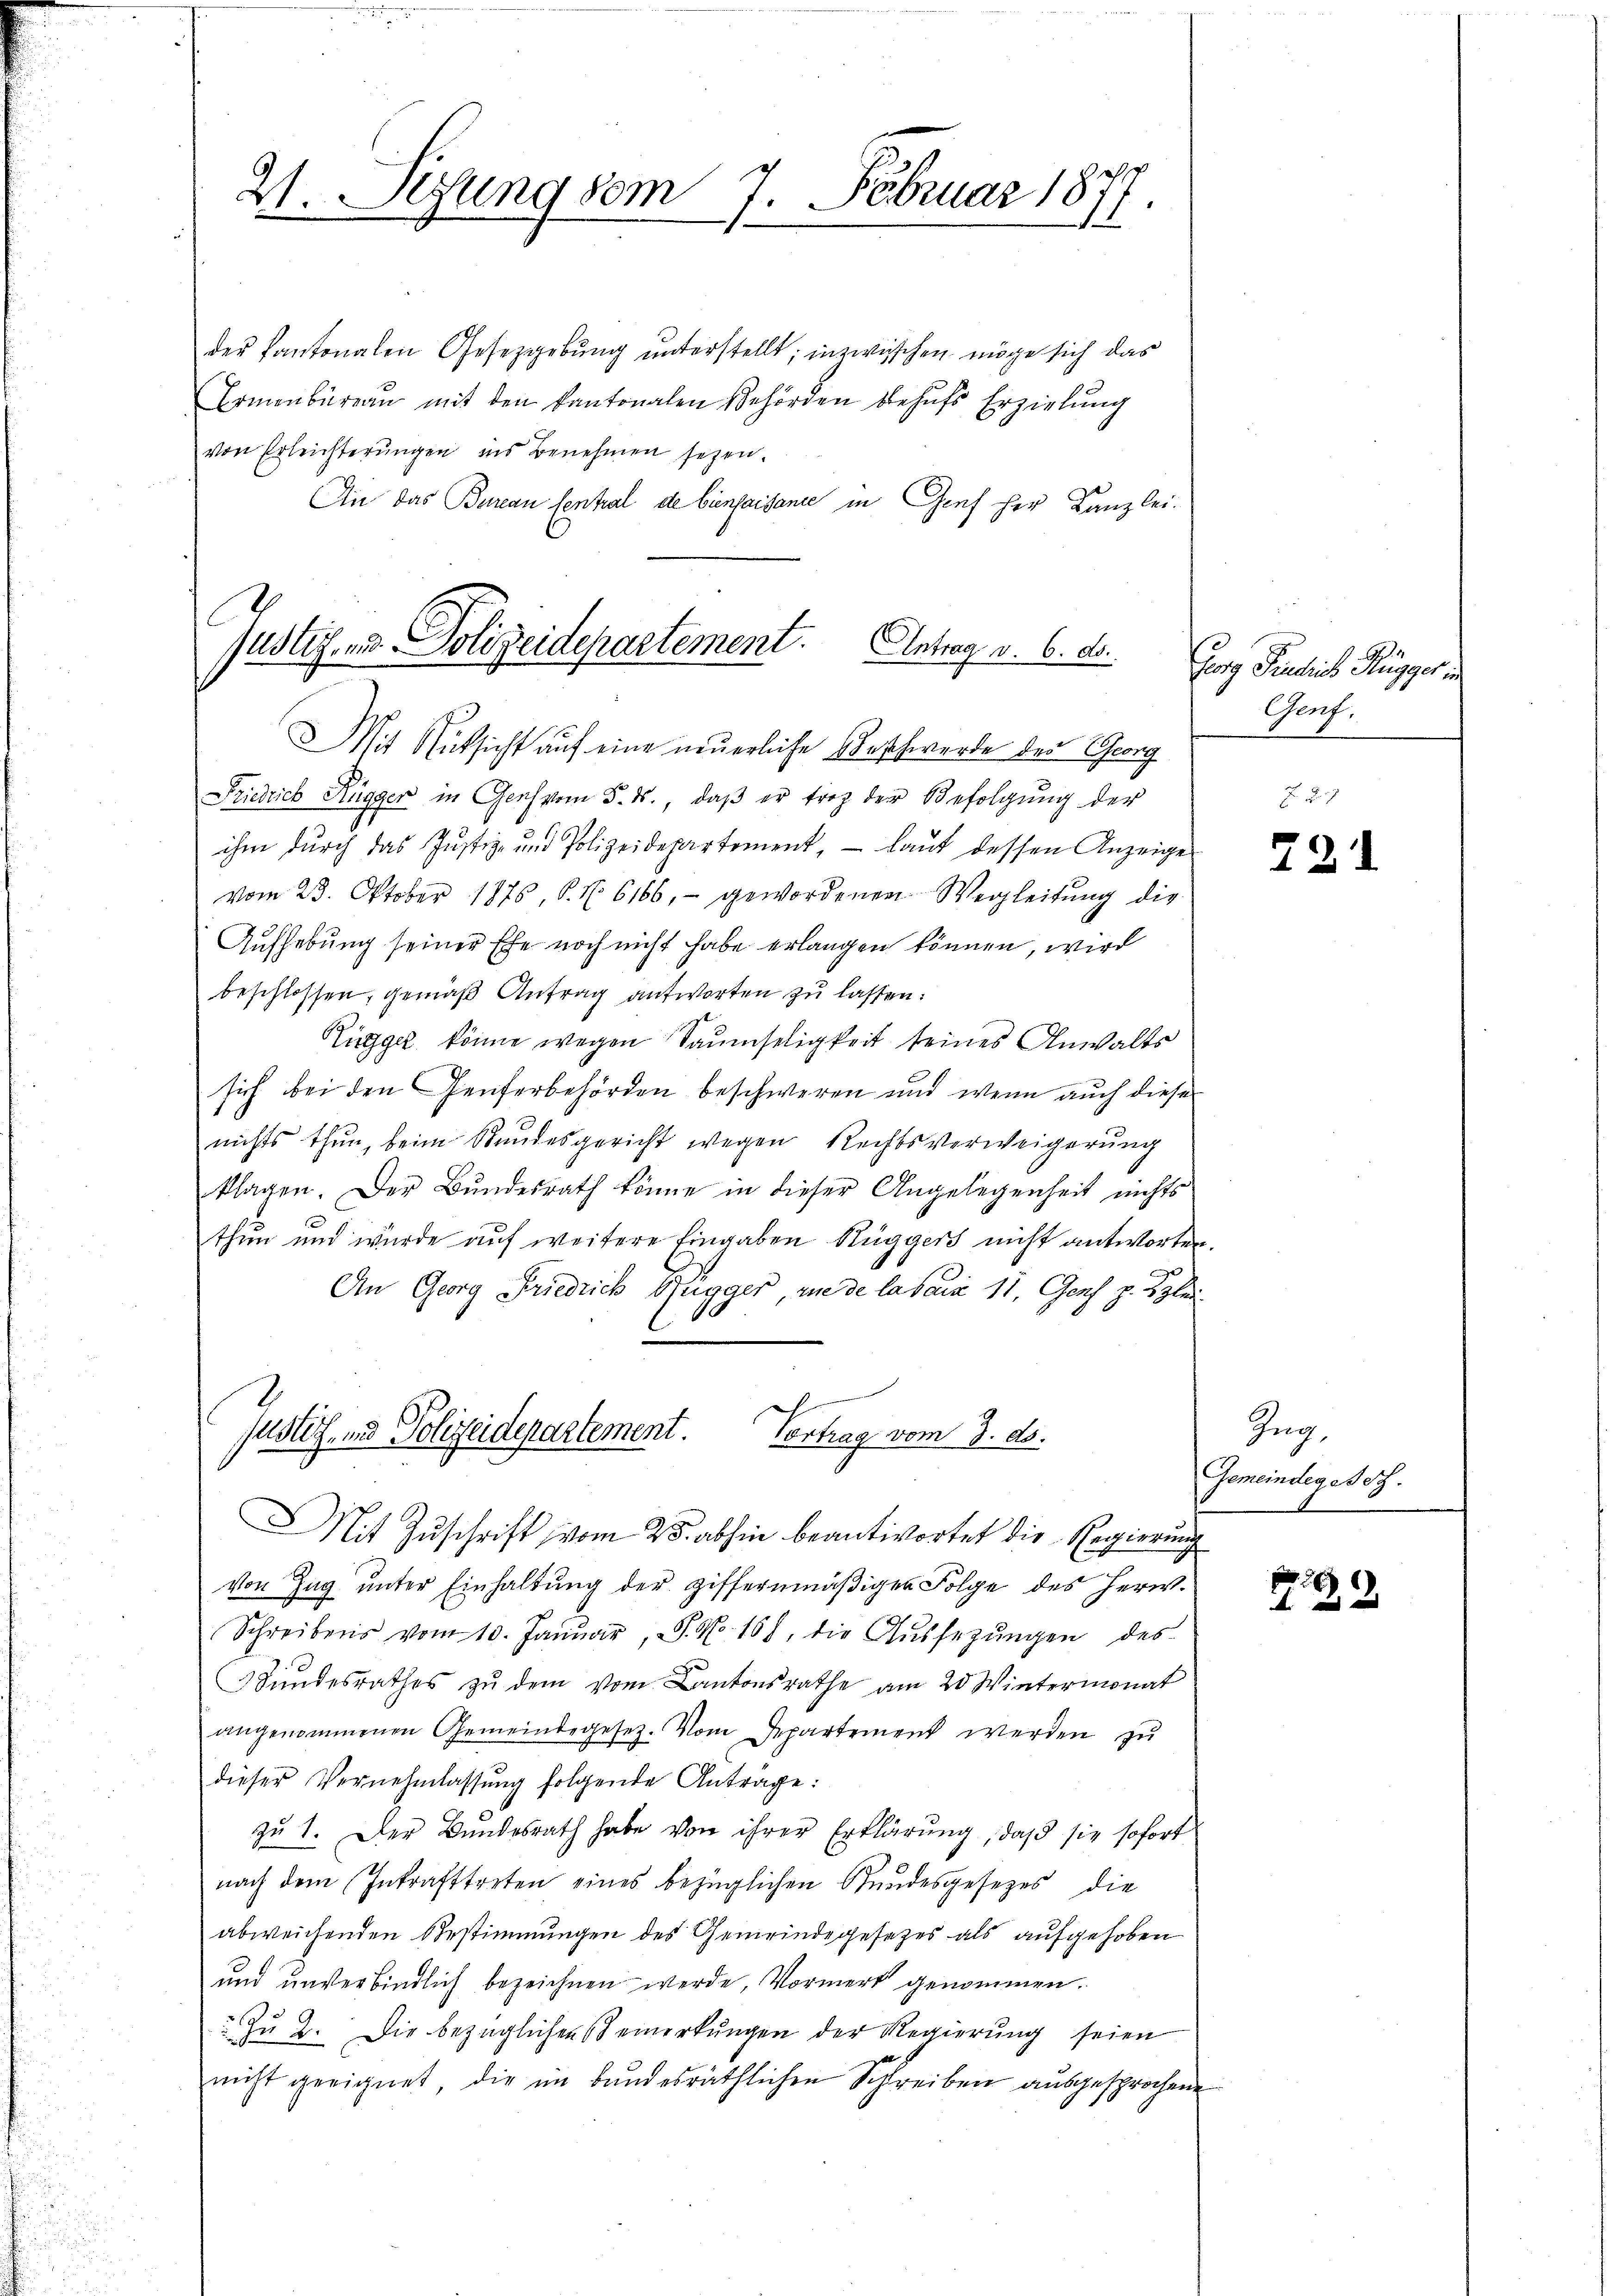
der Kantonalen Gesetzgebung unterstellt; inzwischen möge sich das
Ermenbüreau mit den kantonalen Behörden behufs Erzielung
von Erleichterungen ins Benehmen seyen.
An das Bureau Central de biensaisance in Graf her Kanzlei-
Mit Rücksicht auf eine neuerliche Beschwerde der Georg
Friedrich Kügger in Genf vom 5. ds., daβ er troz der Befolgŭng der
ihn durch das Justiz- und Polizeidepartement, laut dessen Anzeige
vom 23. Oktober 1876 S. Nr. 6166, - gewordenen Wegleitŭng die
Aufhebung seiner Ehe noch nicht habe erlangen können, wird
beschlossen, gemäß Antrag antworten zu lassen:
Rigger könne wegen Saumseligkeit seines Anwalts
sich bei den Genferbehörden beschweren und wenn auch diese
nichts thun, beim Standesgericht wegen Rechtsverweigerung
klagen. Der Bŭndesrath könne in dieser Angelegenheit nichts
thun und wurde auf weitere Eingaben Huggers nicht antworten.
An Georg Friedrich Gugger, rede la sans 11. Genf z. Blei¬
Justiz- und Polizeidepartement. Vortrag vom 9. d.
Mit Zuschrift vom 25. abhin beantwortet die Regierung
von Zug unter Einhaltung der ziffernmäßiger Folge des Herw.
Schreibens vom 10. Januar, S. N. 168, die Aŭssezŭngen des
Bŭndesrathes zŭ dem vom Cantonsrathe am 20. Wintermonat
angenommenen Gemeindegesetz. Vom Departement werden zu
dieser Vernehmlassŭng folgende Antrage:
zŭ 1. Der Bŭndesrath habe von ihrer Erklärung, daß sie sofort
nach dem Inkrafttreten eines bezüglichen Stundesgesetzes die
abweichenden Bestimmungen des Gemeindegesetzes als aufgehoben
und unverbindlich bezeichnen werde Vormerk genommen.
Zŭ 2. Die bezüglichen Bemerkŭngen der Regierŭng seien
nicht geeignet, die im bundesräthlichen Schreiben ausgesprochene

2. Rezung vom 7. Februar 1877.

Justiz- u. Polizeidepartement. Antrag v. 6. d.

Forg Predich Nigger
Genf.
757

221

Zug.
Gemeindegeset

p